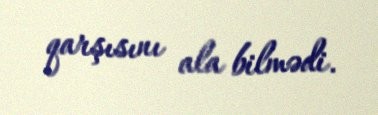
qarşısını ala bilmədi.